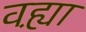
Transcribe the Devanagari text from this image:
वह्य़ा